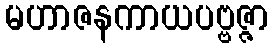
မဟာဇနကာယပဗ္ဗဇ္ဇာ